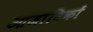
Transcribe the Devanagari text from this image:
आजाविकों